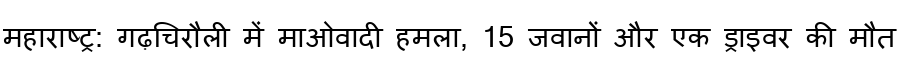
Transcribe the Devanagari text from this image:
महाराष्ट्र: गढ़चिरौली में माओवादी हमला, 15 जवानों और एक ड्राइवर की मौत